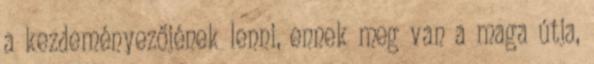
a kezdeményezőjének lenni, ennek meg van a maga útja,